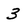
Character: 3